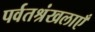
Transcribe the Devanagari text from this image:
पर्वतश्रंखलाएँ